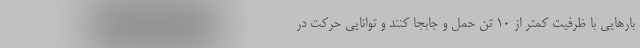
بارهایی با ظرفیت کمتر از ۱۰ تن حمل و جابجا کنند و توانایی حرکت در